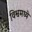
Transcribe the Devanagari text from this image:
विश्वमध्ये